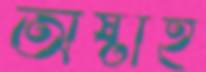
অষ্টাহ